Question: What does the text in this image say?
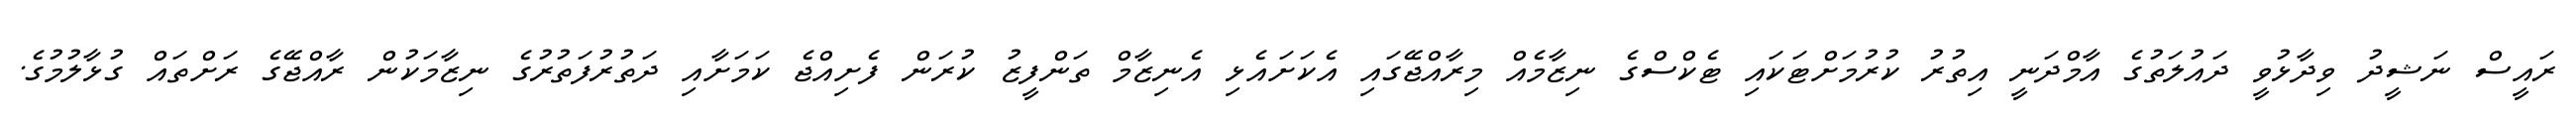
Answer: ރައީސް ނަޝީދު ވިދާޅުވީ ދައުލަތުގެ އާމްދަނީ އިތުރު ކުރުމަށްޓަކައި ޓެކްސްގެ ނިޒާމެއް މިރާއްޖޭގައި އެކަށައެޅި އެނިޒާމް ތަންފީޒު ކުރަން ފެށިއްޖެ ކަމަށާއި ދަތުރުފަތުރުގެ ނިޒާމަކުން ރާއްޖޭގެ ރަށްތައް ގުޅާލުމުގެ.